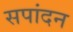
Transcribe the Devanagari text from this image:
सपांदन